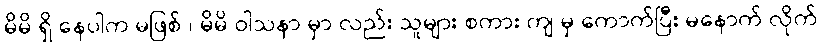
မိမိ ရှိ နေပါက မဖြစ် ၊ မိမိ ဝါသနာ မှာ လည်း သူများ စကား ကျ မှ ကောက်ပြီး မနောက် လိုက်